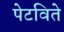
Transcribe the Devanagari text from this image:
पेटविते